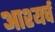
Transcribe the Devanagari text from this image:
आश्यर्च